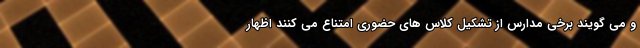
و می گویند برخی مدارس از تشکیل کلاس های حضوری امتناع می کنند اظهار